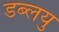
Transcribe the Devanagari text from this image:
डब्लयु